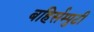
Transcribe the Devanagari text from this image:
बहिर्सम्पुटी